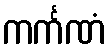
ကင်္ကဏံ